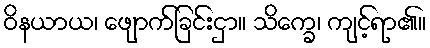
ဝိနယာယ၊ ဖျောက်ခြင်းငှာ။ သိက္ခေ၊ ကျင့်ရာ၏။